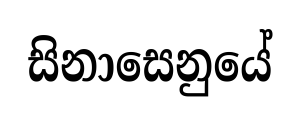
සිනාසෙනුයේ